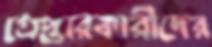
গ্রেপ্তারকারীদের